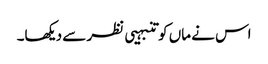
اس نے ماں کو تنبہیی نظر سے دیکھا۔